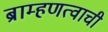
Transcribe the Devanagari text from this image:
ब्राम्हणत्वाची